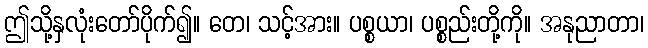
ဤသို့နှလုံးတော်ပိုက်၍။ တေ၊ သင့်အား။ ပစ္စယာ၊ ပစ္စည်းတို့ကို။ အနုညာတာ၊